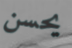
يحسن